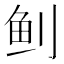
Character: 𬶀